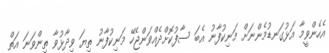
އެހެންވީމާ އަޅުގަނޑުމެންނަށް މަނިކުފާނު އެބަ ސާފުކޮށްދެއްވަންޖެހޭ މަނިކުފާނު ތިޔަ ވިދާޅުވާ ތިންވަނަ އަތް